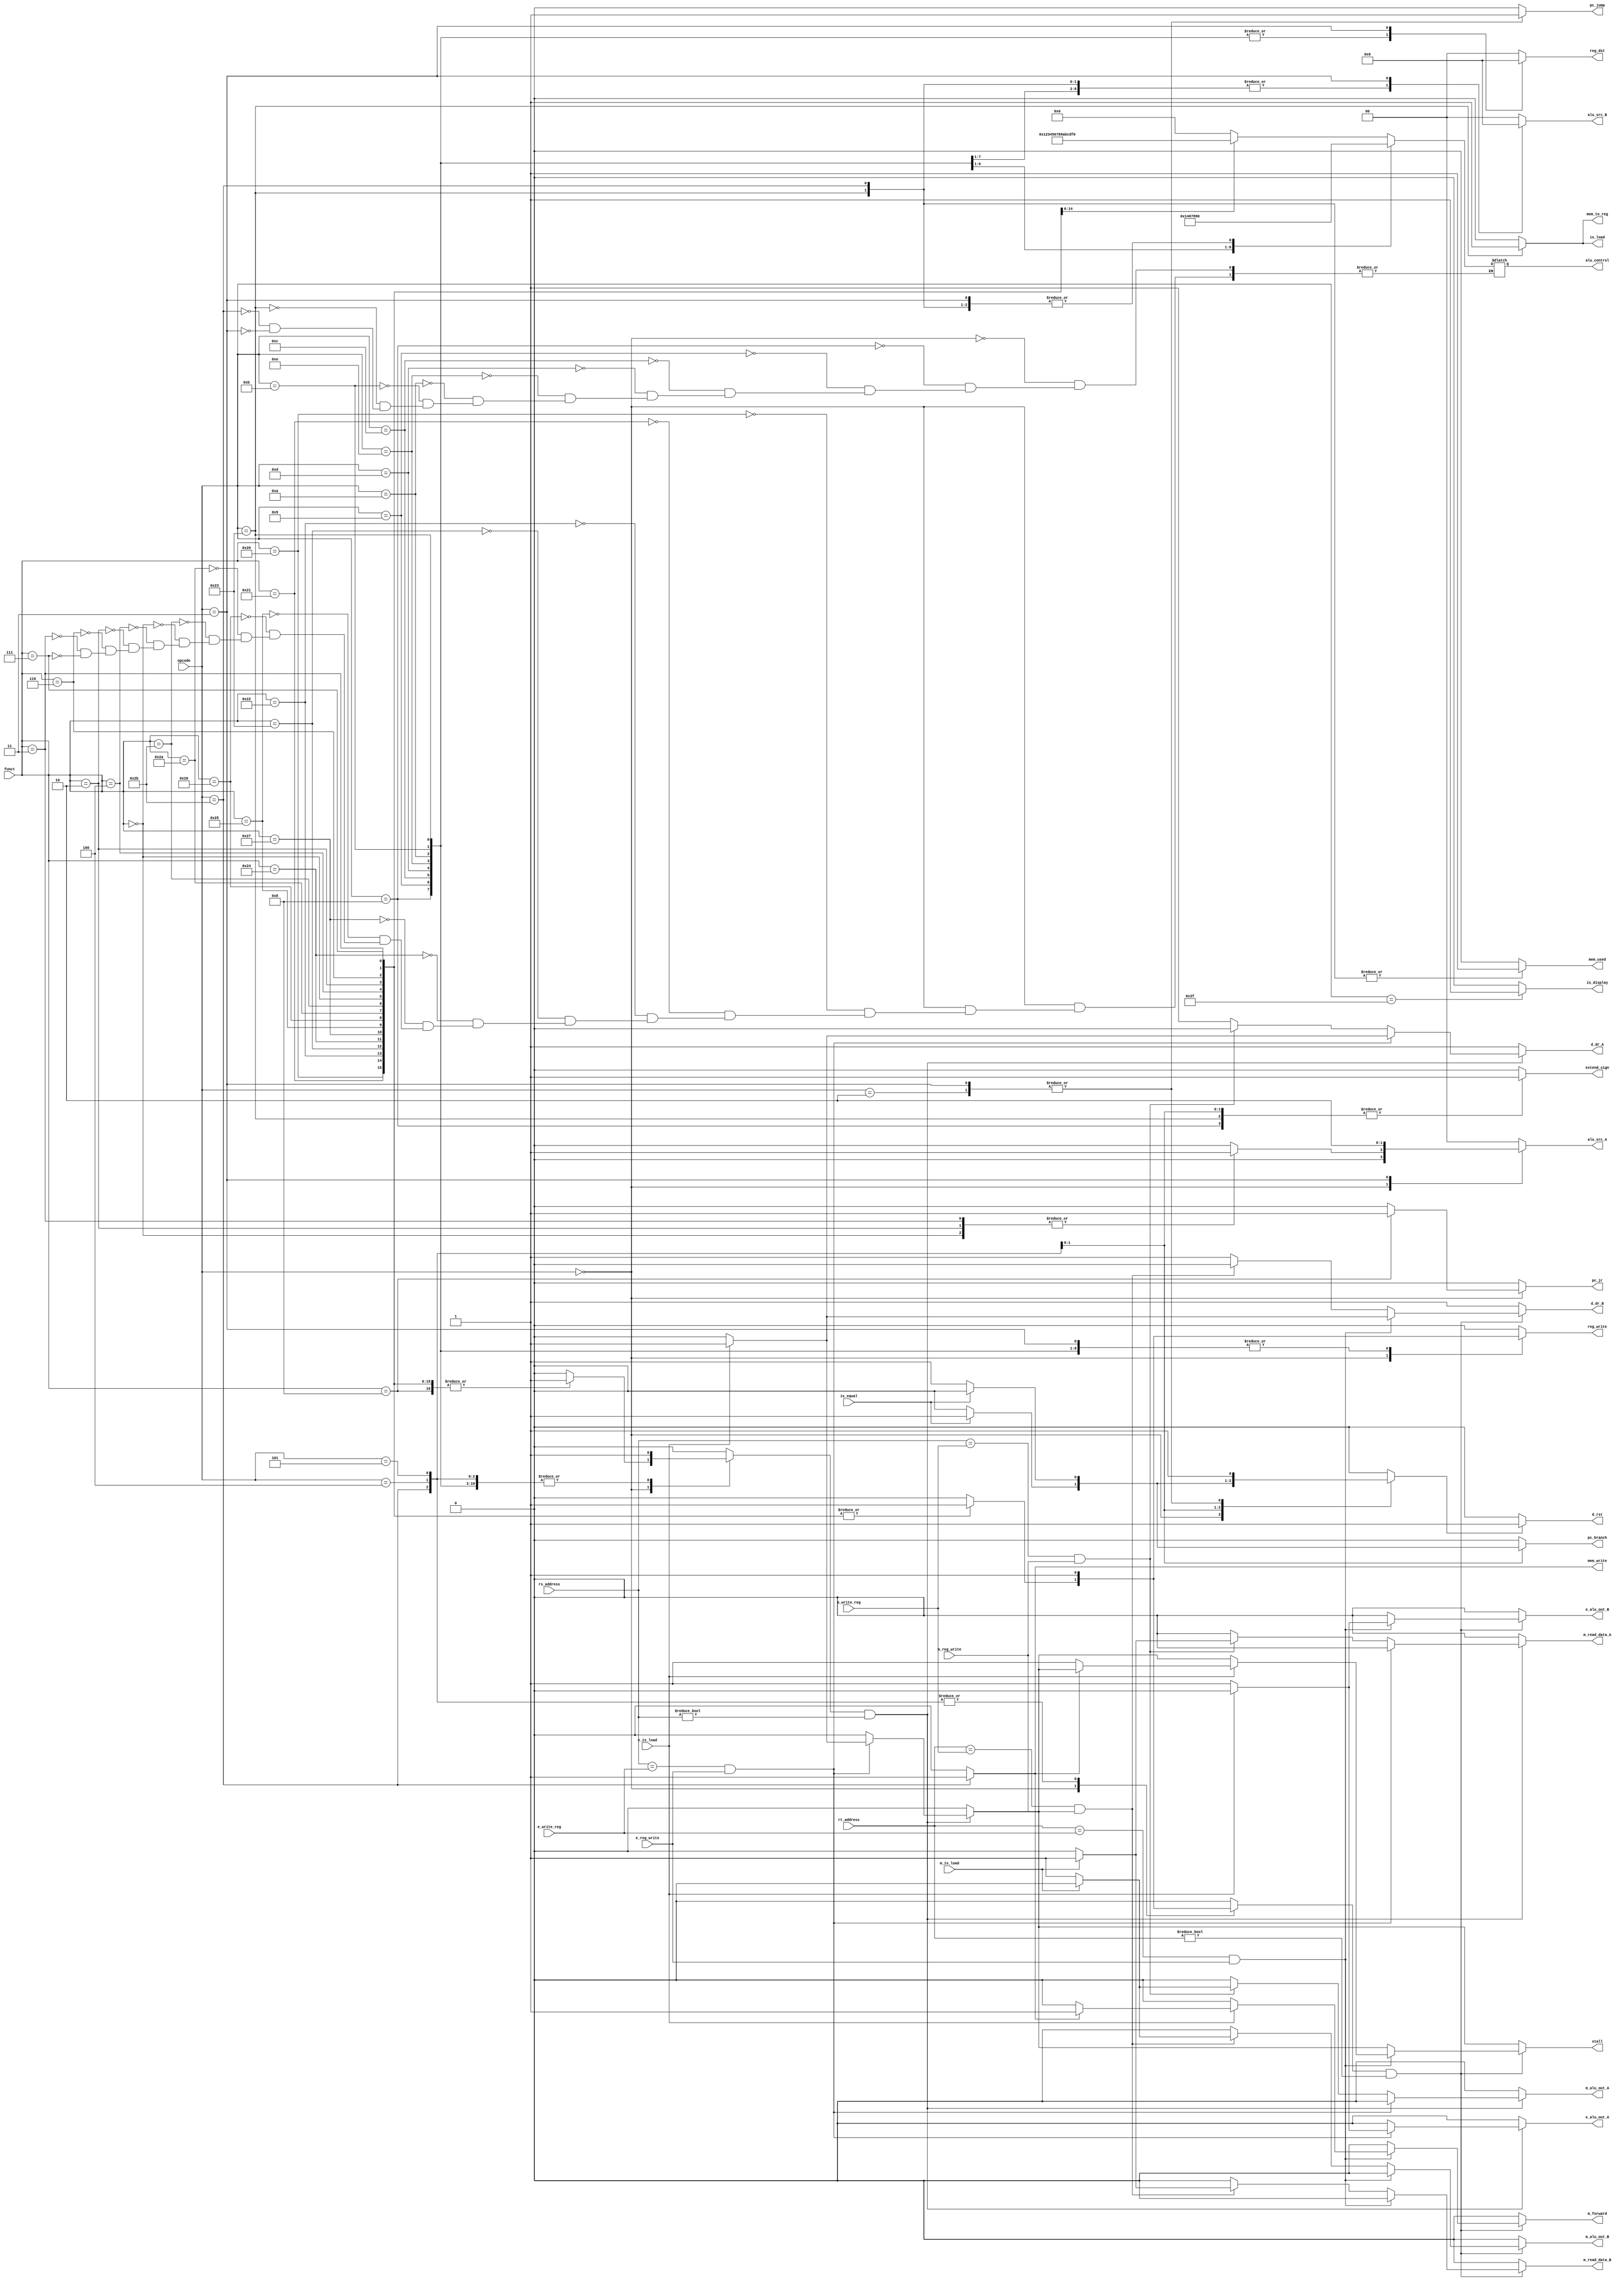
module ControlUnit(
    input wire[5:0] opcode,
    input wire[4:0] rs_address,
    input wire[4:0] rt_address,
    input wire[5:0] funct,

    input wire e_is_load,
    input wire e_reg_write,
    input wire[4:0] e_write_reg,
    input wire m_is_load,
    input wire m_reg_write,
    input wire[4:0] m_write_reg,
    
    input wire is_equal,//state that whether rs and rt are equal
    
    output reg d_dr_A,
    output reg e_alu_out_A,
    output reg m_alu_out_A,
    output reg m_read_data_A,

    output reg d_dr_B,
    output reg e_alu_out_B,
    output reg m_alu_out_B,
    output reg m_read_data_B,
    
    output reg m_forward,

    //output reg pc_plus4,
    output reg pc_jump,
    output reg pc_jr,
    output reg pc_branch,

    output reg[3:0] alu_control,
    output reg[1:0] alu_src_A,//0 for rs, 1 for sa, 2 for link
    output reg[1:0] alu_src_B,//0 for rt, 1 for imm, 2 for link
    output reg[1:0] reg_dst,//0 for rd, 1 for rt, 2 for link

    output reg extend_sign,
    output reg is_load,
    output reg is_display,
    output reg mem_to_reg,
    output reg mem_write,
    output reg mem_used,
    output reg reg_write,
    output reg stall,
    output reg d_rst
);

/* alu_control list:
add=0,
addu=1,
sub=2,
subu=3,
and=4,
nor=5,
or=6,
xor=7,
slt=8
sltu=9,
sll=10,
sllv=11,
srl=12,
srlv=13,
sra=14,
srav=15.*/

reg used_rs,used_rt;
reg is_link,is_store;

always @(*)
begin
    reg_write=0;
    mem_to_reg=0;
    reg_dst=0;
    extend_sign=0;
    is_load=0;
    mem_write=0;
    mem_used=0;

    alu_src_A=0;
    alu_src_B=0;

    used_rs=0;
    used_rt=0;
    is_link=0;
    is_store=0;
    is_display=0;

    //pc_plus4=1;
    pc_jr=0;
    pc_branch=0;
    pc_jump=0;

    case(opcode)
    6'b000000:
    begin
        case(funct)        
        6'b100000://add
        begin
            reg_write=1;
            alu_control=0;
            used_rs=1;
            used_rt=1;
        end

        6'b100001://addu
        begin
            reg_write=1;
            alu_control=1;
            used_rs=1;
            used_rt=1;
        end

        6'b100010://sub
        begin
            reg_write=1;
            alu_control=2;
            used_rs=1;
            used_rt=1;
        end

        6'b100011://subu
        begin
            reg_write=1;
            alu_control=3;
            used_rs=1;
            used_rt=1;
        end

        6'b100100://and
        begin
            reg_write=1;
            alu_control=4;
            used_rs=1;
            used_rt=1;
        end

        6'b100111://nor
        begin
            reg_write=1;
            alu_control=5;
            used_rs=1;
            used_rt=1;
        end

        6'b100101://or
        begin
            reg_write=1;
            alu_control=6;
            used_rs=1;
            used_rt=1;
        end

        6'b100110://xor
        begin
            reg_write=1;
            alu_control=7;
            used_rs=1;
            used_rt=1;
        end

        6'b101010://slt
        begin
            reg_write=1;
            alu_control=8;
            used_rs=1;
            used_rt=1;
        end
        6'b101011://sltu
        begin
            reg_write=1;
            alu_control=9;
            used_rs=1;
            used_rt=1;
        end

        6'b000000://sll
        begin
            reg_write=1;
            alu_control=10;
            alu_src_A=1;
            used_rs=1;
            used_rt=1;
        end

        6'b000100://sllv
        begin
            reg_write=1;
            alu_control=11;
            used_rs=1;
            used_rt=1;
        end

        6'b000010://srl
        begin
            reg_write=1;
            alu_control=12;
            alu_src_A=1;
            used_rs=1;
            used_rt=1;
        end

        6'b000110://srlv
        begin
            reg_write=1;
            alu_control=13;
            used_rs=1;
            used_rt=1;
        end

        6'b000011://sra
        begin
            reg_write=1;
            alu_control=14;
            alu_src_A=1;
            used_rs=1;
            used_rt=1;
        end

        6'b000111://srav
        begin
            reg_write=1;
            alu_control=15;
            used_rs=1;
            used_rt=1;
        end

        6'b001000://jr
        begin
            reg_write=0;
            pc_jr=1;
            used_rs=1;
            is_link=1;
        end
        endcase
    end

    6'b001000://addi
    begin
        reg_write=1;
        alu_control=0;
        alu_src_B=1;
        used_rs=1;
        reg_dst=1;
        extend_sign=1;
    end

    6'b001001://addiu
    begin
        reg_write=1;
        alu_control=1;
        alu_src_B=1;
        used_rs=1;
        reg_dst=1;
    end

    6'b001100://andi
    begin
        reg_write=1;
        alu_control=4;
        alu_src_B=1;
        used_rs=1;
        reg_dst=1;
    end

    6'b000100://beq
    begin
        if(is_equal)
        begin
            pc_branch=1;
            is_link=1;
        end
        extend_sign=1;
        used_rs=1;
        used_rt=1;
    end

    6'b000101://bne
    begin
        if(~is_equal)
        begin
            pc_branch=1;
            is_link=1;
        end
        extend_sign=1;
        used_rs=1;
        used_rt=1;
    end

    6'b001101://ori
    begin
        reg_write=1;
        alu_control=6;
        alu_src_B=1;
        used_rs=1;
        reg_dst=1;
    end

    6'b001110://xori
    begin
        reg_write=1;
        alu_control=7;
        alu_src_B=1;
        used_rs=1;
        reg_dst=1;      
    end

    6'b001010://slti
    begin
        reg_write=1;
        alu_control=8;
        alu_src_B=1;
        used_rs=1;
        reg_dst=1;
    end

    6'b001011://sltiu
    begin
        reg_write=1;
        alu_control=9;
        alu_src_B=1;
        used_rs=1;
        reg_dst=1;
    end

    6'b100011://lw
    begin
        reg_write=1;
        alu_control=0;
        alu_src_B=1;
        mem_to_reg=1;
        mem_used=1;
        reg_dst=1;
        is_load=1;
        used_rs=1;        
        extend_sign=1;
    end

    6'b101011://sw
    begin
        alu_control=0;
        alu_src_B=1;
        mem_used=1;
        mem_write=1;
        is_store=1;
        used_rs=1;
        used_rt=1;
    end

    6'b000010://j
    begin
        pc_jump=1;
        is_link=1;
    end

    6'b000011://jal
    begin
        reg_write=1;
        alu_control=0;
        pc_jump=1;
        alu_src_A=2;
        alu_src_B=2;
        mem_to_reg=0;
        reg_dst=2;
        is_link=1;
    end

    6'b111111://stop
    begin
        is_display=1;
    end
    endcase
end

always @(*)
begin
    stall=0;
    m_forward=0;
    d_dr_A=1;
    e_alu_out_A=0;
    m_alu_out_A=0;
    m_read_data_A=0;

    d_rst=0;
    d_dr_B=1;
    e_alu_out_B=0;
    m_alu_out_B=0;
    m_read_data_B=0;

    if(used_rs&&rs_address!=0)
    begin       
        if(rs_address==e_write_reg&&e_reg_write)
        begin
            if(e_is_load)
                stall=1;
            else
            begin
                e_alu_out_A=1;
                d_dr_A=0;
            end
        end
        else if(rs_address==m_write_reg&&m_reg_write)
        begin
            if(m_is_load)
            begin
                m_read_data_A=1;
                d_dr_A=0;
            end
            else
            begin
                m_alu_out_A=1;
                d_dr_A=0;
            end
        end
    end

    if(used_rt&&rt_address!=0)
    begin
        if(rt_address==e_write_reg&&e_reg_write)
        begin
            if(e_is_load)
            begin
                if(is_store==0)
                    stall=1;
                else
                    m_forward=1;
            end
            else
            begin
                e_alu_out_B=1;
                d_dr_B=0;
            end
        end
        else if(rt_address==m_write_reg&&m_reg_write)
        begin
            if(m_is_load)
            begin
                m_read_data_B=1;
                d_dr_B=0;
            end
            else
            begin
                m_alu_out_B=1;
                d_dr_B=0;
            end
        end
    end
    if(is_link)
        d_rst=1;
end


endmodule